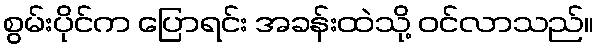
စွမ်းပိုင်က ပြောရင်း အခန်းထဲသို့ ဝင်လာသည်။